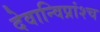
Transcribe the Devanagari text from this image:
देवान्विप्रांश्च